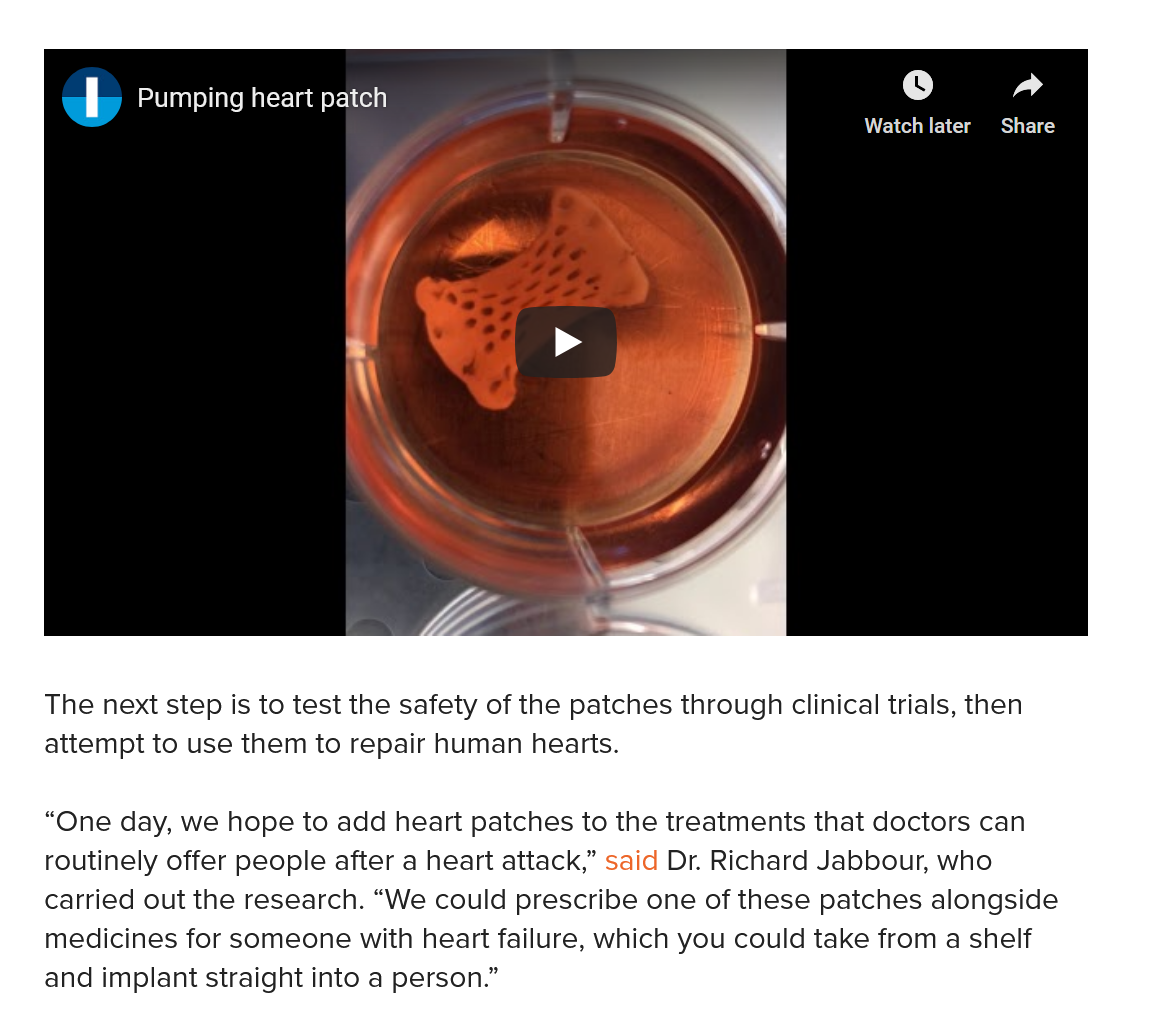
Dek
     5    Pumping heart patch
     _    CY    lad
     Pumping heart patch
     A Eels   Share
    The next step is to test the safety of the patches through clinical trials, then
    attempt to use them to repair human hearts.
    “One day, we hope to add heart patches to the treatments that doctors can
    routinely offer people after a heart attack,” said Dr. Richard Jabbour, who
    carried out the research. “We could prescribe one of these patches alongside
    medicines for someone with heart failure, which you could take from a shelf
    and implant straight into a person.”